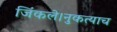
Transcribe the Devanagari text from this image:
जिंकले।नुकत्याच